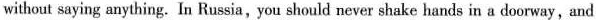
without saying anything. In Russia,you should never shake hands in a doorway,and